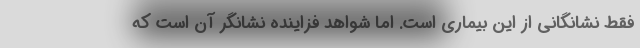
فقط نشانگانی از این بیماری است. اما شواهد فزاینده نشانگر آن است که